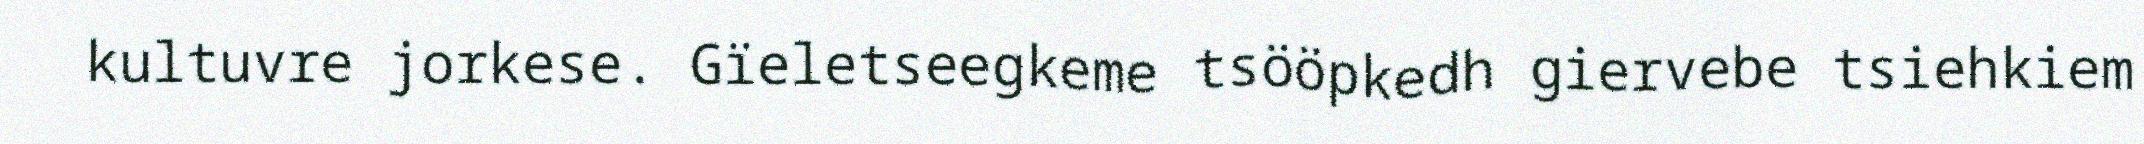
kultuvre jorkese. Gïeletseegkeme tsööpkedh giervebe tsiehkiem